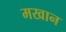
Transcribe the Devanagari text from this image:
मखान